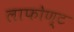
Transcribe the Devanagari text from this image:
लाफोण्ट